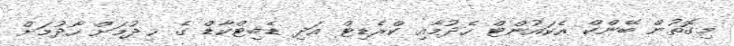
މިގޮތުން ބޭންކް އެކައުންޓް ހެދުމާއި ކްރެޑިޓް އަދި ޑެބިޓްކާޑް ގެ ޚިދުމަށް ހޯދުމަށް